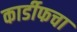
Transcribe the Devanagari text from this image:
कार्डीफचा